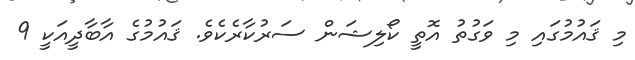
މި ޤައުމުގައި މި ވަގުތު އޮތީ ކޯލިޝަން ސަރުކާރެކެވެ. ޤައުމުގެ އާބާދީއަކީ 9